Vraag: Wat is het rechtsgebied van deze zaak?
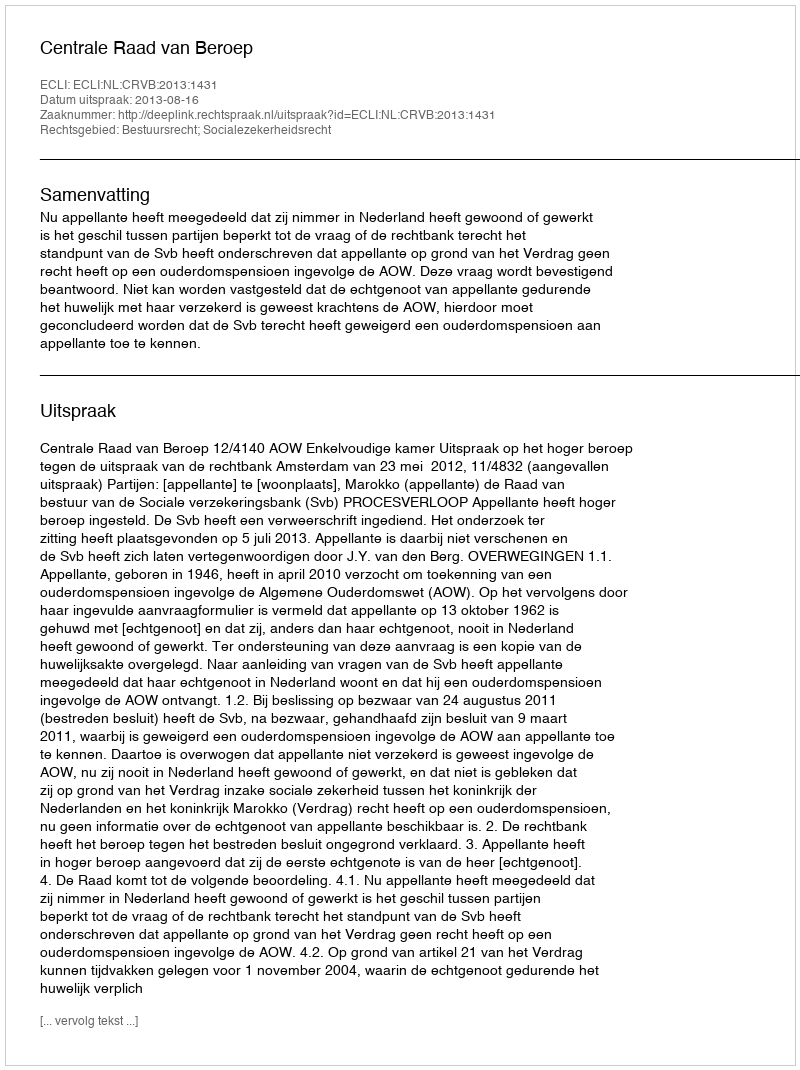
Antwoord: Bestuursrecht; Socialezekerheidsrecht